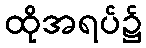
ထိုအရပ်၌